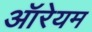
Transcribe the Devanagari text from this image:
ऑरेयम